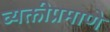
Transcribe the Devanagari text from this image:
व्यक्तीप्रमाणे